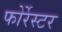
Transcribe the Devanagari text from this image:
फोर्रेस्टर